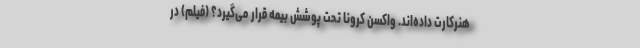
هنرکارت داده‌اند. واکسن کرونا تحت پوشش بیمه قرار می‌گیرد؟ (فیلم) در